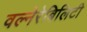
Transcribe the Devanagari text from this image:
वल्नेरेबिलिटी